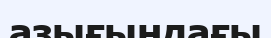
азығындағы